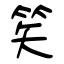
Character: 笶